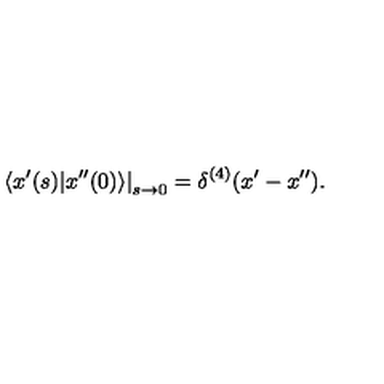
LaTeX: \left. \langle x ^ { \prime } ( s ) | x ^ { \prime \prime } ( 0 ) \rangle \right| _ { s \rightarrow 0 } = \delta ^ { ( 4 ) } ( x ^ { \prime } - x ^ { \prime \prime } ) .